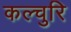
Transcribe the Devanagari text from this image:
कल्चुरि